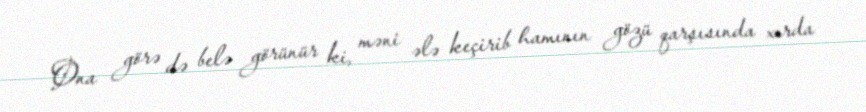
Ona görə də belə görünür ki, məni ələ keçirib hamının gözü qarşısında xırda